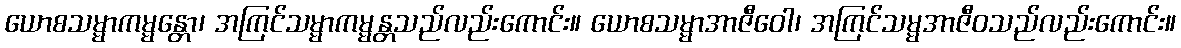
ယောစသမ္မာကမ္မန္တော၊ အကြင်သမ္မာကမ္မန္တသည်လည်းကောင်း။ ယောစသမ္မာအာဇီဝေါ၊ အကြင်သမ္မအာဇီဝသည်လည်းကောင်း။